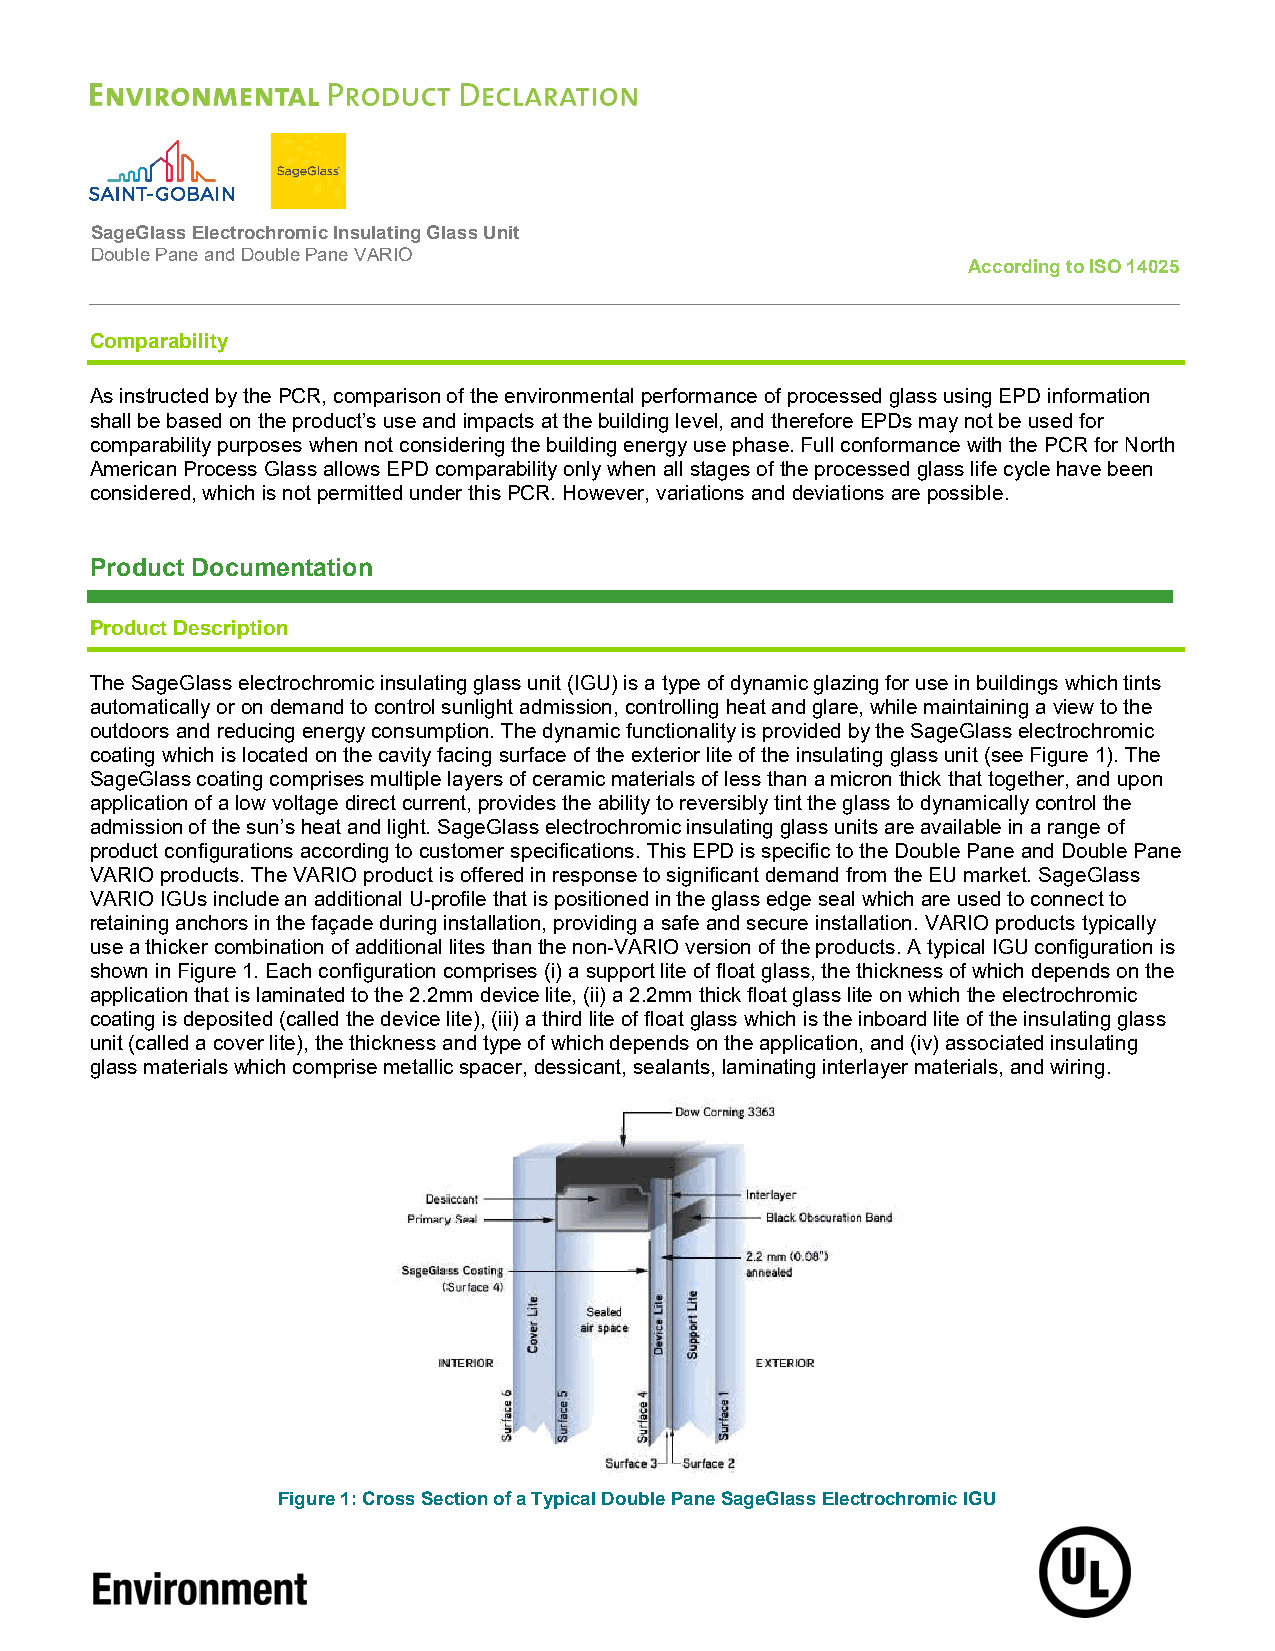
SageGlass Electrochromic Insulating Glass Unit
 Double Pane and Double Pane VARIO
 According to ISO 14025
 Comparability
 As instructed by the PCR, comparison of the environmental performance of processed glass using EPD information
 shall be based on the product’s use and impacts at the building level, and therefore EPDs may not be used for
 comparability purposes when not considering the building energy use phase. Full conformance with the PCR for North
 American Process Glass allows EPD comparability only when all stages of the processed glass life cycle have been
 considered, which is not permitted under this PCR. However, variations and deviations are possible.
 Product Documentation
 Product Description
 The SageGlass electrochromic insulating glass unit (IGU) is a type of dynamic glazing for use in buildings which tints
 automatically or on demand to control sunlight admission, controlling heat and glare, while maintaining a view to the
 outdoors and reducing energy consumption. The dynamic functionality is provided by the SageGlass electrochromic
 coating which is located on the cavity facing surface of the exterior lite of the insulating glass unit (see Figure 1). The
 SageGlass coating comprises multiple layers of ceramic materials of less than a micron thick that together, and upon
 application of a low voltage direct current, provides the ability to reversibly tint the glass to dynamically control the
 admission of the sun’s heat and light. SageGlass electrochromic insulating glass units are available in a range of
 product configurations according to customer specifications. This EPD is specific to the Double Pane and Double Pane
 VARIO products. The VARIO product is offered in response to significant demand from the EU market. SageGlass
 VARIO IGUs include an additional U-profile that is positioned in the glass edge seal which are used to connect to
 retaining anchors in the façade during installation, providing a safe and secure installation. VARIO products typically
 use a thicker combination of additional lites than the non-VARIO version of the products. A typical IGU configuration is
 shown in Figure 1. Each configuration comprises (i) a support lite of float glass, the thickness of which depends on the
 application that is laminated to the 2.2mm device lite, (ii) a 2.2mm thick float glass lite on which the electrochromic
 coating is deposited (called the device lite), (iii) a third lite of float glass which is the inboard lite of the insulating glass
 unit (called a cover lite), the thickness and type of which depends on the application, and (iv) associated insulating
 glass materials which comprise metallic spacer, dessicant, sealants, laminating interlayer materials, and wiring.
 Figure 1: Cross Section of a Typical Double Pane SageGlass Electrochromic IGU